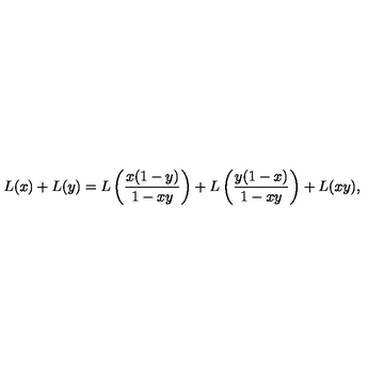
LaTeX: L ( x ) + L ( y ) = L \left( \frac { x ( 1 - y ) } { 1 - x y } \right) + L \left( \frac { y ( 1 - x ) } { 1 - x y } \right) + L ( x y ) ,